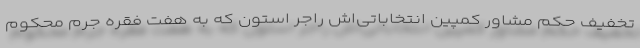
تخفیف حکم مشاور کمپین انتخاباتی‌اش راجر استون که به هفت فقره جرم محکوم